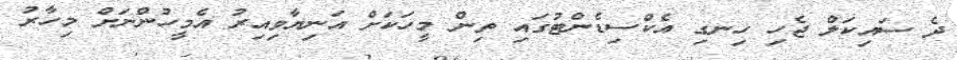
ދެ ސައިކަލް ޖެހި ހިނގި އެކްސިޑެންޓުގައި ތިން މީހަކަށް އަނިޔާވިއިރު އެމީހުންނަށް މިހާރު